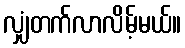
လျှံတက်လာလိမ့်မယ်။